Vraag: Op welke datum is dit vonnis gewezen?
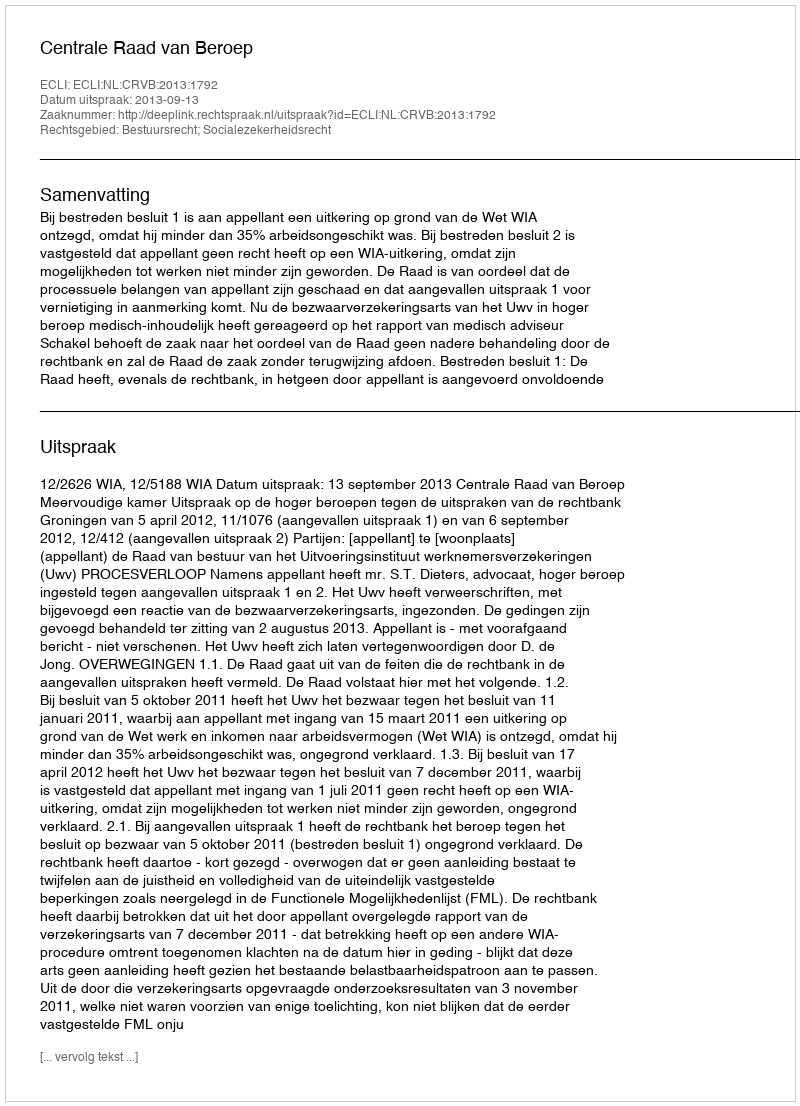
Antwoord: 2013-09-13